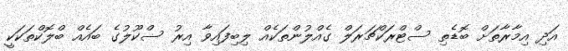
އަދި އިމާރާތަށް ބޮޑެތި ސްޓްރަކްޗަރަލް ގެއްލުންތަކެއް ލިބިފައިވާ އިރު ސްކޫލުގެ ބައެއް ބްލޮކްތަކަކީ